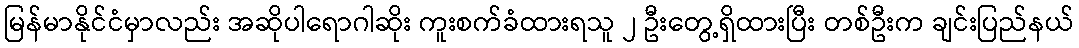
မြန်မာနိုင်ငံမှာလည်း အဆိုပါရောဂါဆိုး ကူးစက်ခံထားရသူ ၂ ဦးတွေ့ရှိထားပြီး တစ်ဦးက ချင်းပြည်နယ်